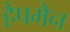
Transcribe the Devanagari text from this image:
हैपमैन